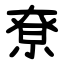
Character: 尞